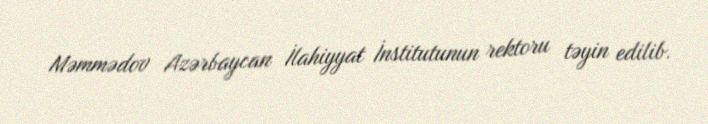
Məmmədov Azərbaycan İlahiyyat İnstitutunun rektoru təyin edilib.